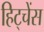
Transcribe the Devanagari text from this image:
हिट्चेंस